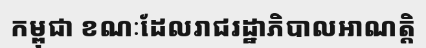
កម្ពុជា ខណៈដែលរាជរដ្ឋាភិបាលអាណត្តិ